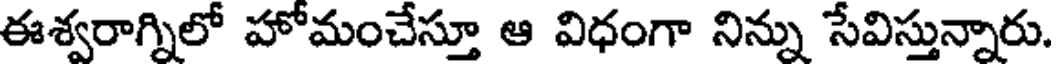
ఈశ్వరాగ్నిలో హోమంచేస్తూ ఆ విధంగా నిన్ను సేవిస్తున్నారు